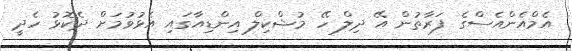
އެމްއެންއެސްގެ ފަރާތުން އޭ ދިލް ހޭ މުޝްކިލް އިންޑިއާގައި އެޅުވުމަށް ދެކޮޅު ހެދީ